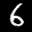
Label: 6